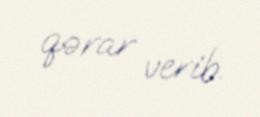
qərar verib.